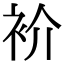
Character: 衸